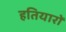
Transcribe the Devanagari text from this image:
हतियारों